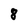
Character: 8